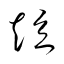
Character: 短